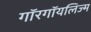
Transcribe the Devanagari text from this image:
गॉरगॉयलिज्म